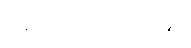
ပြန်ရေးရခြင်းဘဲဖြစ်၏။